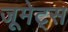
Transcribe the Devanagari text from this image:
जूमेट्स